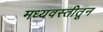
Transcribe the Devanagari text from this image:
मध्यवस्तीतून